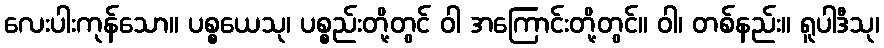
လေးပါးကုန်သော။ ပစ္စယေသု၊ ပစ္စည်းတို့တွင် ဝါ အကြောင်းတို့တွင်။ ဝါ၊ တစ်နည်း။ ရူပါဒီသု၊